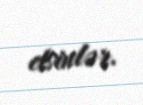
etsinlər.